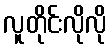
လူတိုင်းလိုလို